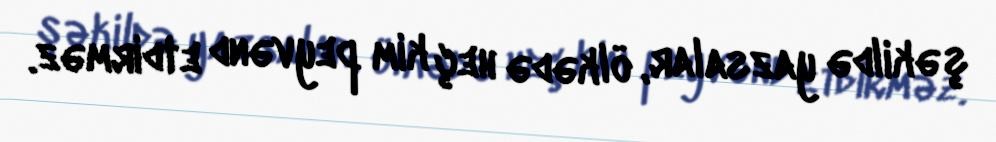
şəkildə yazsalar, ölkədə heç kim peyvənd etdirməz.